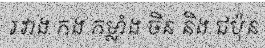
រវាង កង កម្លាំង ចិន និង ជប៉ុន